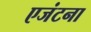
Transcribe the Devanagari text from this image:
एजंटना